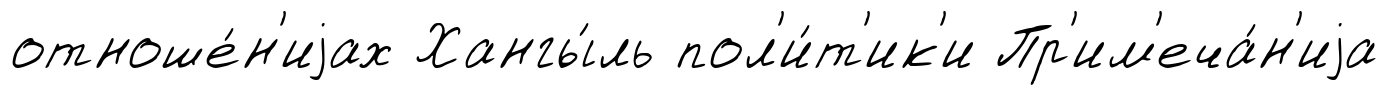
отноше́н'иjах Хангы́ль пол'и́т'ик'и Пр'им'еча́н'иjа